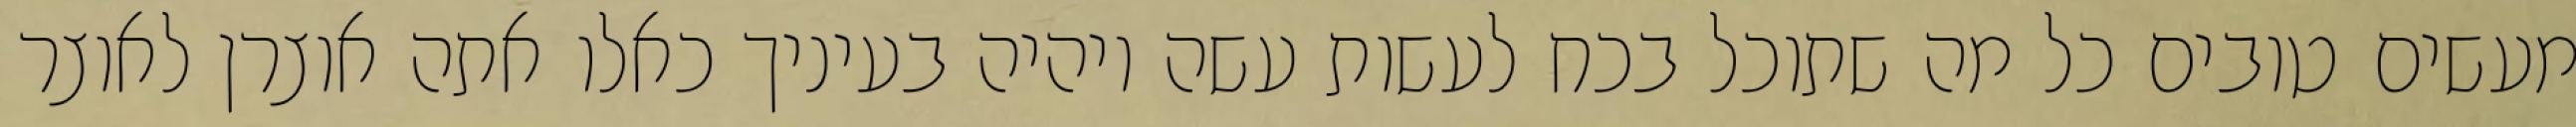
מעשים טובים כל מה שתוכל בכח לעשות עשה ויהיה בעיניך כאלו אתה אוצרן לאוצר